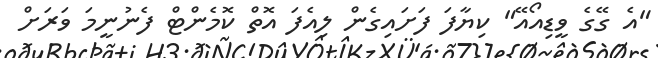
"އެ ގޭގެ ވީޑިއޯއޭ" ކިޔާފަ ފަށައިގެން ލިއެފަ އޮތް ކޮމެންޓް ފެނުނީމަ ވަރަށް